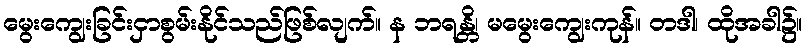
မွေးကျွေးခြင်းငှာစွမ်းနိုင်သည်ဖြစ်လျက်။ န ဘရန္တိ၊ မမွေးကျွေးကုန်။ တဒါ၊ ထိုအခါ၌။